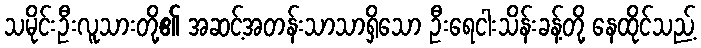
သမိုင်းဦးလူသားတို့၏ အဆင့်အတန်းသာသာရှိသော ဦးရေငါးသိန်းခန့်တို့ နေထိုင်သည့်